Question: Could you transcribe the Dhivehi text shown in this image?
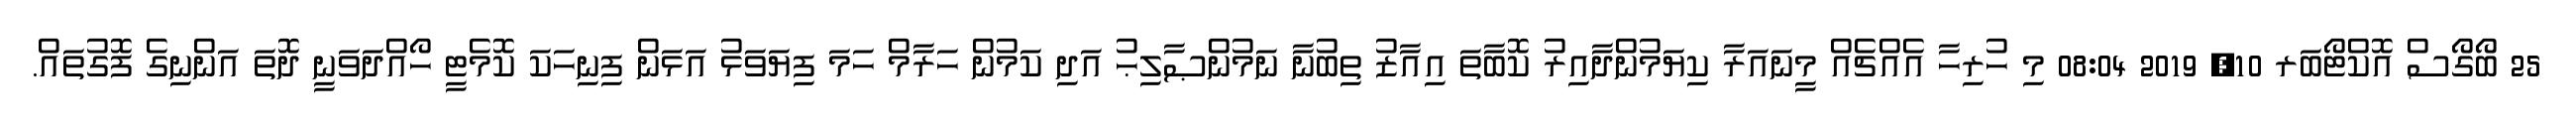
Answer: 25 ބޯގޯސް އޮކްޓޯބަރ 10, 2019 08:04 މި ހުރިހާ އެއްޗެއް މީނައަރާ ކިޔަމުންދާއިރު ކޮބާތަ އިއާޒު ތިބުނާ ނަމުންޞާލިޙު އަދި ކަމުން ހަރާމް ހަމަ ފިޔަވަޅު އަޅަން ފިނިހަކަ ކޮމެޓީ ހޯއްދަވަނީ ދޮތަ އަންނިގެ ފޮގުތައް.